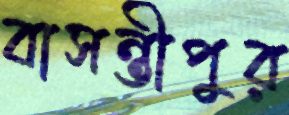
বাসন্তীপুর